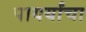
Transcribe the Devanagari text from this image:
पायर्यांचा